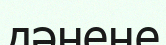
дәнеңе